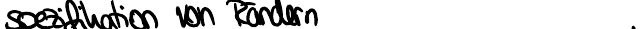
spezifikation von Rändern